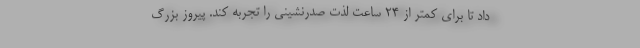
داد تا برای کمتر از 24 ساعت لذت صدرنشینی را تجربه کند. پیروز بزرگ